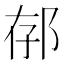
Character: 𨚲